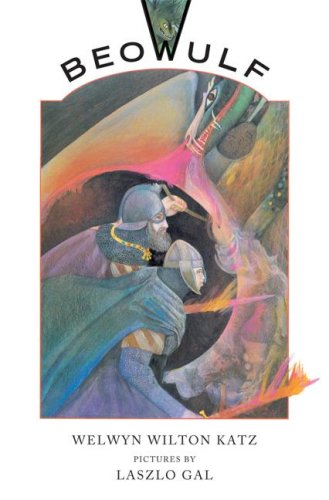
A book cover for Beowulf; Welwyn Wilton Katz; Children's Books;